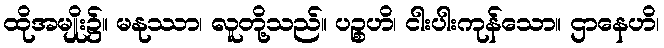
ထိုအမျိုး၌။ မနုဿာ၊ လူတို့သည်။ ပဉ္စဟိ၊ ငါးပါးကုန်သော။ ဌာနေဟိ၊